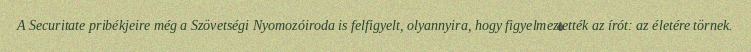
A Securitate pribékjeire még a Szövetségi Nyomozóiroda is felfigyelt, olyannyira, hogy figyelmeztették az írót: az életére törnek.